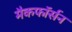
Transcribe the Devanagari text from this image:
मैकफॉर्सन